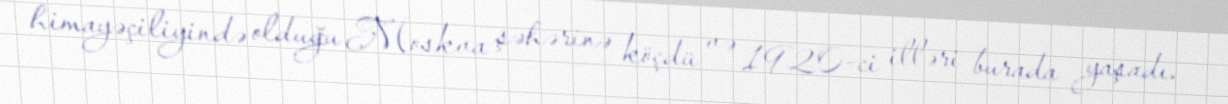
himayəçiliyində olduğu Moskva şəhərinə köçdü və 1920-ci illəri burada yaşadı.